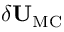
\delta { \bf { U } } _ { \mathrm { { M C } } }